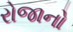
રોજાનો